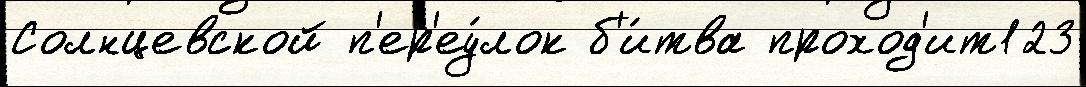
Солнцевской п'ер'еу́лок б'и́тва проход'ит123